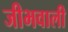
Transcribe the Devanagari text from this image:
जीभवाली